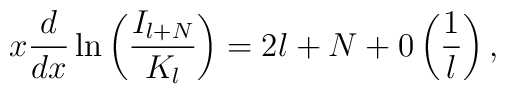
x \displaystyle\frac{d}{dx} \ln \left( \displaystyle\frac{I_{l +N}}{K_l} \right) = 2l + N + 0 \left( \displaystyle\frac{1}{l}\right),